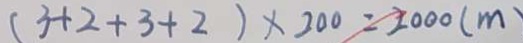
( 3 + 2 + 3 + 2 ) \times 2 0 0 = 2 0 0 0 ( m )